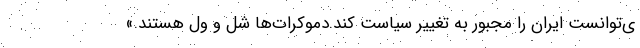
ی‌توانست ایران را مجبور به تغییر سیاست کند.دموکرات‌ها شل و ول هستند.»